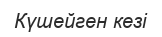
Күшейген кезі